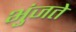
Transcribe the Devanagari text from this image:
भुंजते